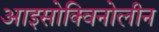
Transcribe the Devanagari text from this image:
आइसोक्विनोलीन